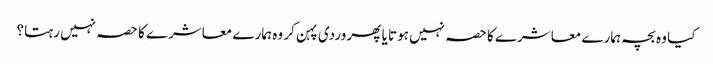
کیا وہ بچہ ہمارے معاشرے کا حصہ نہیں ہوتا یا پھر وردی پہن کر وہ ہمارے معاشرے کا حصہ نہیں رہتا؟